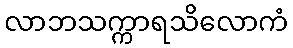
လာဘသက္ကာရသိလောကံ